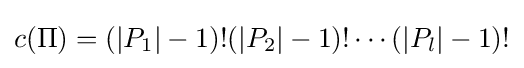
c(\Pi )=(\left|P_{1}\right|-1)!(\left|P_{2}\right|-1)!\cdots (\left|P_{l}\right|-1)!